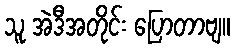
သူ အဲဒီအတိုင်း ပြောတာဗျ။